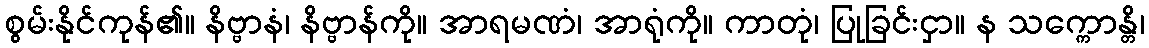
စွမ်းနိုင်ကုန်၏။ နိဗ္ဗာနံ၊ နိဗ္ဗာန်ကို။ အာရမဏံ၊ အာရုံကို။ ကာတုံ၊ ပြုခြင်းငှာ။ န သက္ကောန္တိ၊